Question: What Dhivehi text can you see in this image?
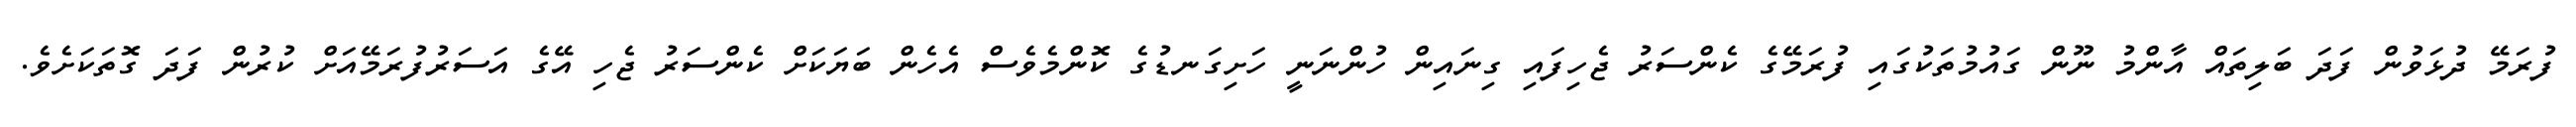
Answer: ފުރަމޭ ދުޅަވުން ފަދަ ބަލިތައް އާންމު ނޫން ގައުމުތަކުގައި ފުރަމޭގެ ކެންސަރު ޖެހިފައި ގިނައިން ހުންނަނީ ހަށިގަނޑުގެ ކޮންމެވެސް އެހެން ބަޔަކަށް ކެންސަރު ޖެހި އޭގެ އަސަރުފުރަމޭއަށް ކުރުން ފަދަ ގޮތަކަށެވެ.